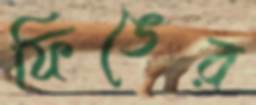
ফিঙের